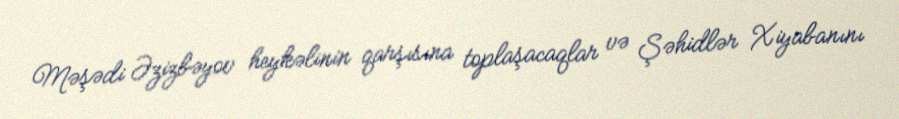
Məşədi Əzizbəyov heykəlinin qarşısına toplaşacaqlar və Şəhidlər Xiyabanını